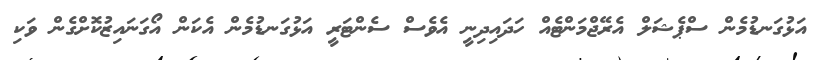
އަޅުގަނޑުމެން ސްޕެޝަލް އެރޭޖްމަންޓެއް ހަދައިދިނީ އެވެސް ސެންޓަރީ އަޅުގަނޑުމެން އެކަން އޯގަނައިޒުކޮށްގެން ވަކި